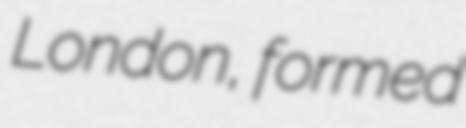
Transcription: London, formed